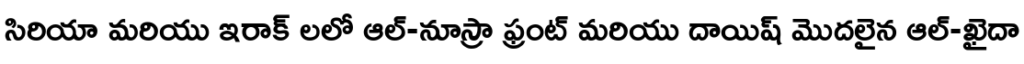
సిరియా మరియు ఇరాక్ లలో ఆల్-నూస్రా ఫ్రంట్ మరియు దాయిష్ మొదలైన ఆల్-ఖైదా